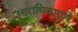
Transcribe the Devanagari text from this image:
उत्तराधिकाराचे